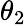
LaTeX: \theta_{2}